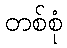
တစ်စုံ